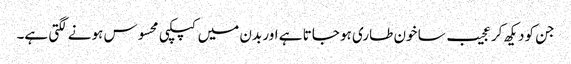
جن کو دیکھ کر عجیب سا خون طاری ہو جاتا ہے اور بدن میں کپکپی محسوس ہونے لگتی ہے۔